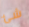
شئ